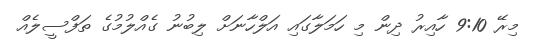
މިރޭ 9:10 ހާއިރު ދިން މި ހަމަލާގައި އަލްހާނަށް ލިބުނު ގެއްލުމުގެ ތަފްސީލެއް